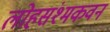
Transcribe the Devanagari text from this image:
लोहसंश्मकवन